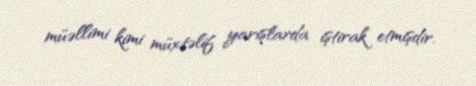
müəllimi kimi müxtəlif yarışlarda iştirak etmişdir.